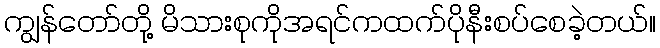
ကျွန်တော်တို့ မိသားစုကိုအရင်ကထက်ပိုနီးစပ်စေခဲ့တယ်။